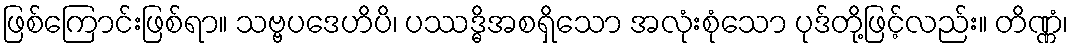
ဖြစ်ကြောင်းဖြစ်ရာ။ သဗ္ဗပဒေဟိပိ၊ ပဿဒ္ဓိအစရှိသော အလုံးစုံသော ပုဒ်တို့ဖြင့်လည်း။ တိဏ္ဏံ၊